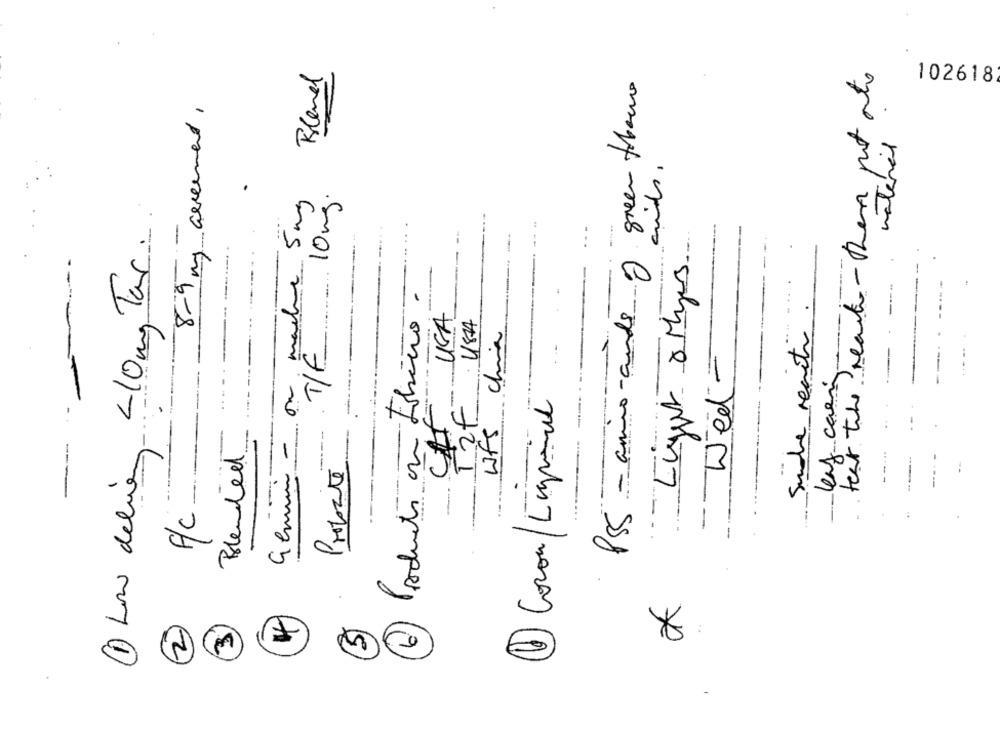
Bland
that the reauto- then put out
PSS - amino-ands of green tohome
102618
8-9 mg areement.
material
Germain - on madre 5 mg
1 Low delivery <10mg Tar.
10mg.
.. .
Producto on tobeTro.
USA
USA
Sandra recrute
Wfs china
T/E
Wed-
leny caen
6 Coron/Logpincel
T2F
Blended
Proposte
F/C
2